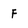
Character: F